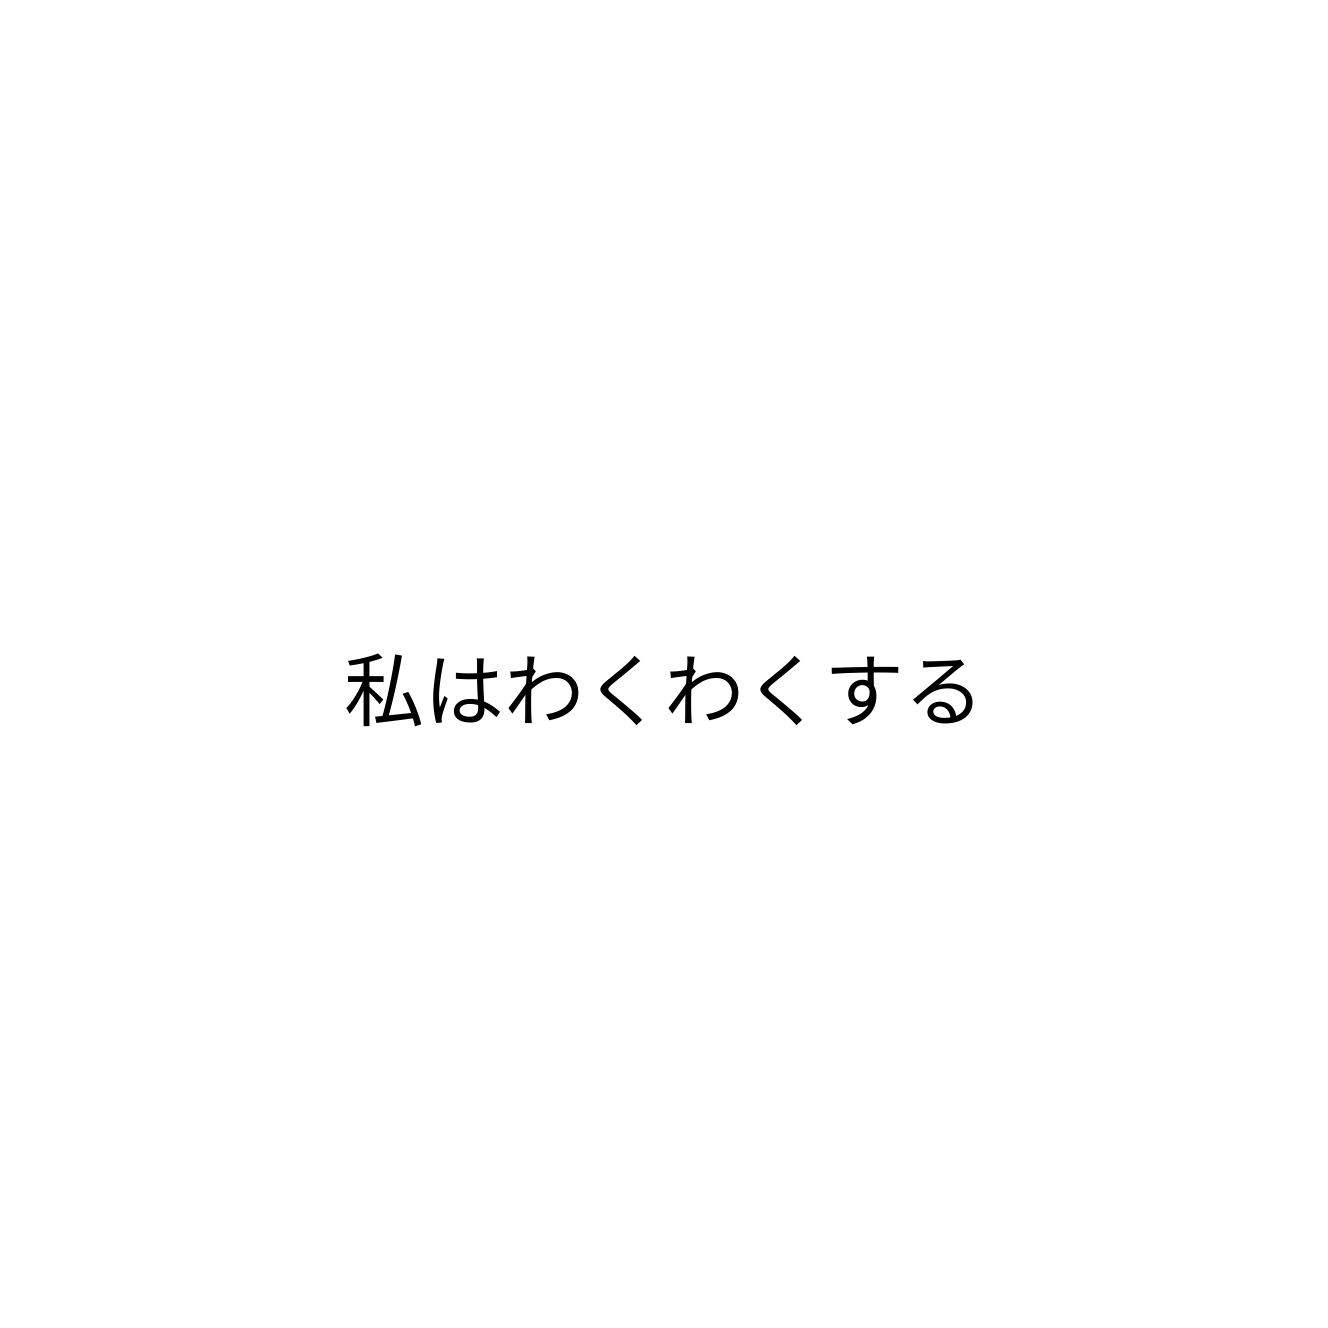
私はわくわくする